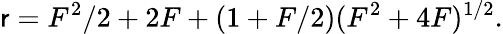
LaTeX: \mathsf{r}=F^{2}/2+2F+(1+F/2)(F^{2}+4F)^{1/2}.